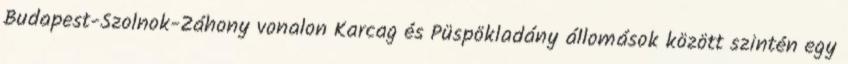
Budapest-Szolnok-Záhony vonalon Karcag és Püspökladány állomások között szintén egy